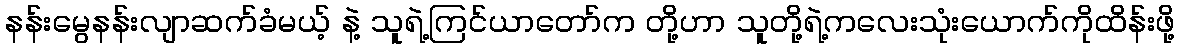
နန်းမွေနန်းလျာဆက်ခံမယ့် နဲ့ သူရဲ့ကြင်ယာတော်က တို့ဟာ သူတို့ရဲ့ကလေးသုံးယောက်ကိုထိန်းဖို့